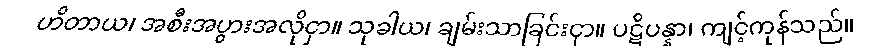
ဟိတာယ၊ အစီးအပွားအလိုငှာ။ သုခါယ၊ ချမ်းသာခြင်းငှာ။ ပဋိပန္နာ၊ ကျင့်ကုန်သည်။